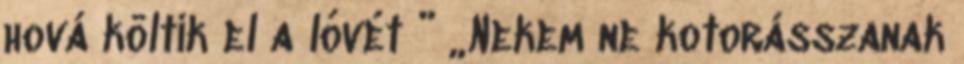
hová költik el a lóvét ” „Nekem ne kotorásszanak